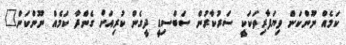
ކަމެއް ނޫންކަން ވިޔަފާރިތަކަކީ ސަރުކާރުން ސަބްސިޑީ ދީގެން ކުރިއަށް ގެންދާ ކަމެއް ނޫންކަން"